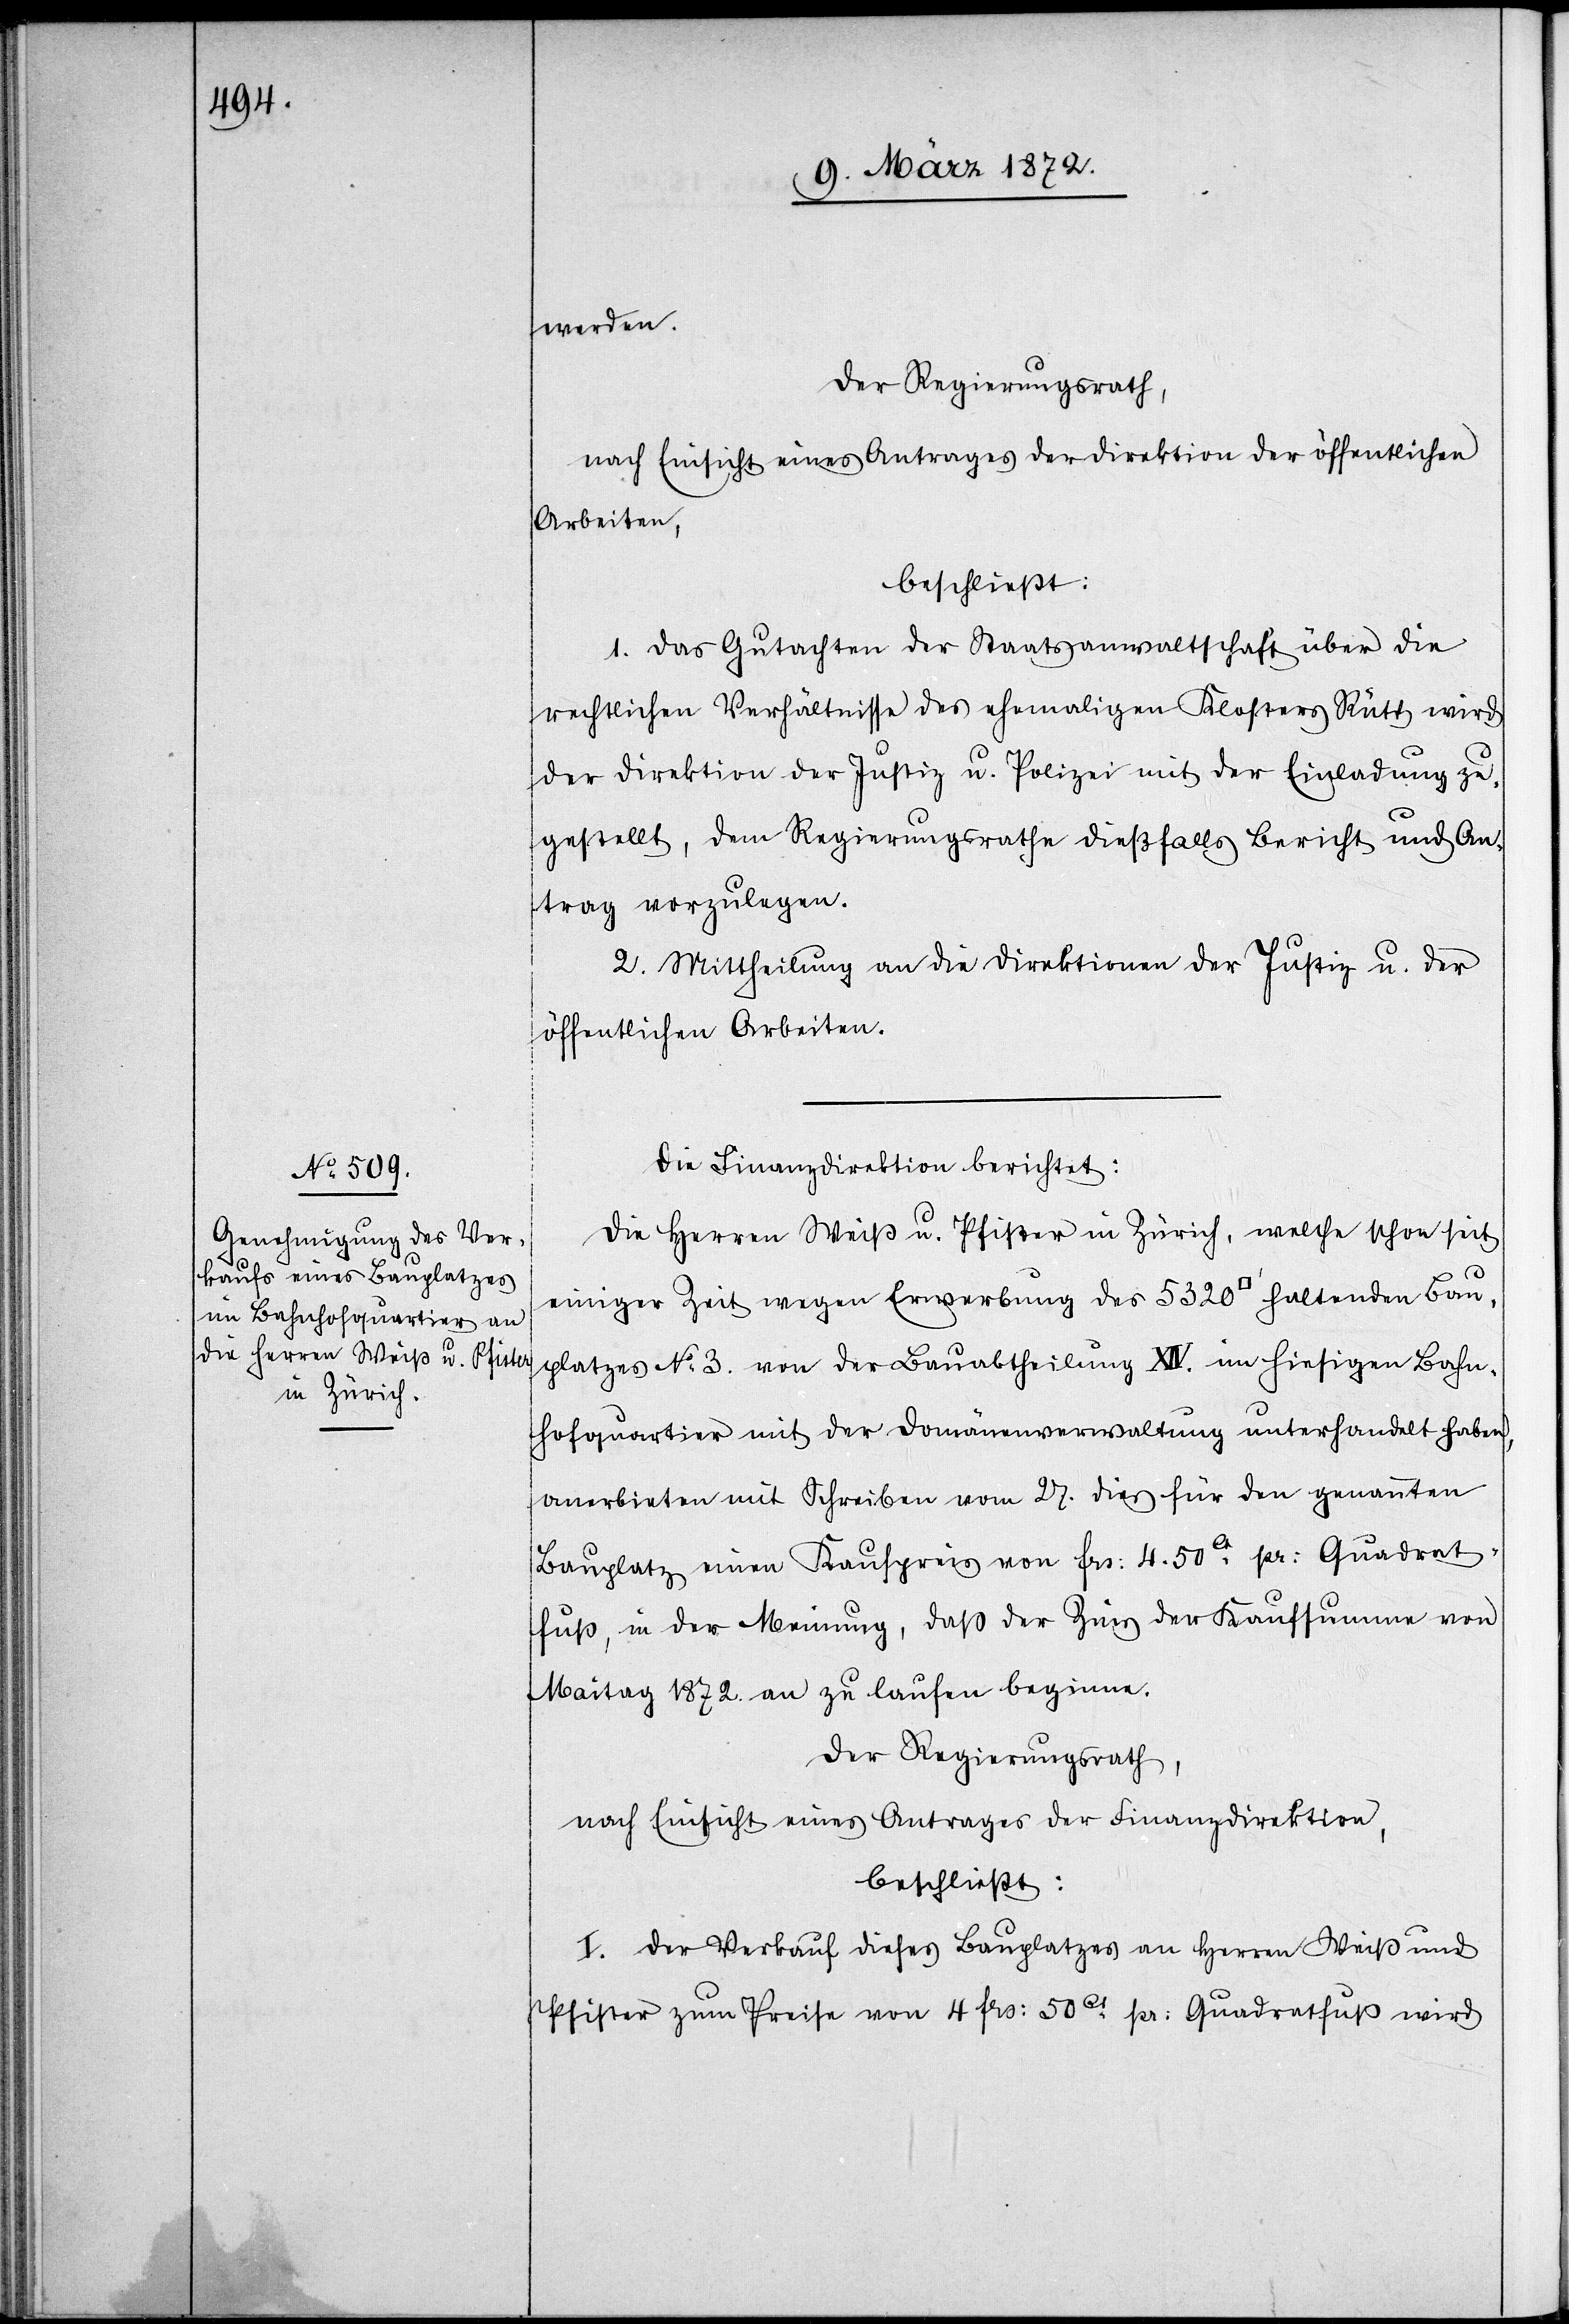
werden.
Der Regierungsrath,
nach Einsicht eines Antrages der Direktion der öffentlichen
Arbeiten,
beschließt:
1. Das Gutachten der Staatsanwaltschaft über die
rechtlichen Verhältnisse des ehemaligen Klosters Rüti wird
der Direktion der Justiz u. Polizei mit der Einladung zu¬
gestellt, dem Regierungsrathe dießfalls Bericht und An¬
trag vorzulegen.
2. Mittheilung an die Direktion der Justiz u. der
öffentlichen Arbeiten.
Die Finanzdirektion berichtet:
Die Herren Weiß u. Pfister in Zürich, welche schon seit
einiger Zeit wegen Erwerbung des 5320 [Quadratfuss] haltenden Bau¬
platzes No 3. von der Bauabtheilung XIV. im hiesigen Bahn¬
hofquartier mit der Domänenverwaltung unterhandelt haben,
anerbieten mit Schreiben vom 27. dies für den genannten
Bauplatz einen Kaufpreis von frs: 4.50ct pr: Quadrat¬
fuß, in der Meinung, daß der Zins der Kaufsumme von
Maitag 1872. an zu laufen beginne.
Der Regierungsrath,
nach Einsicht eines Antrages der Finanzdirektion,
beschließt:
I. Der Verkauf dieses Bauplatzes an Herren Weiß und
Pfister zum Preise von 4. frs: 50ct pr: Quadratfuß wird